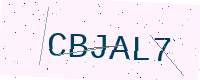
Text: CBJAL7